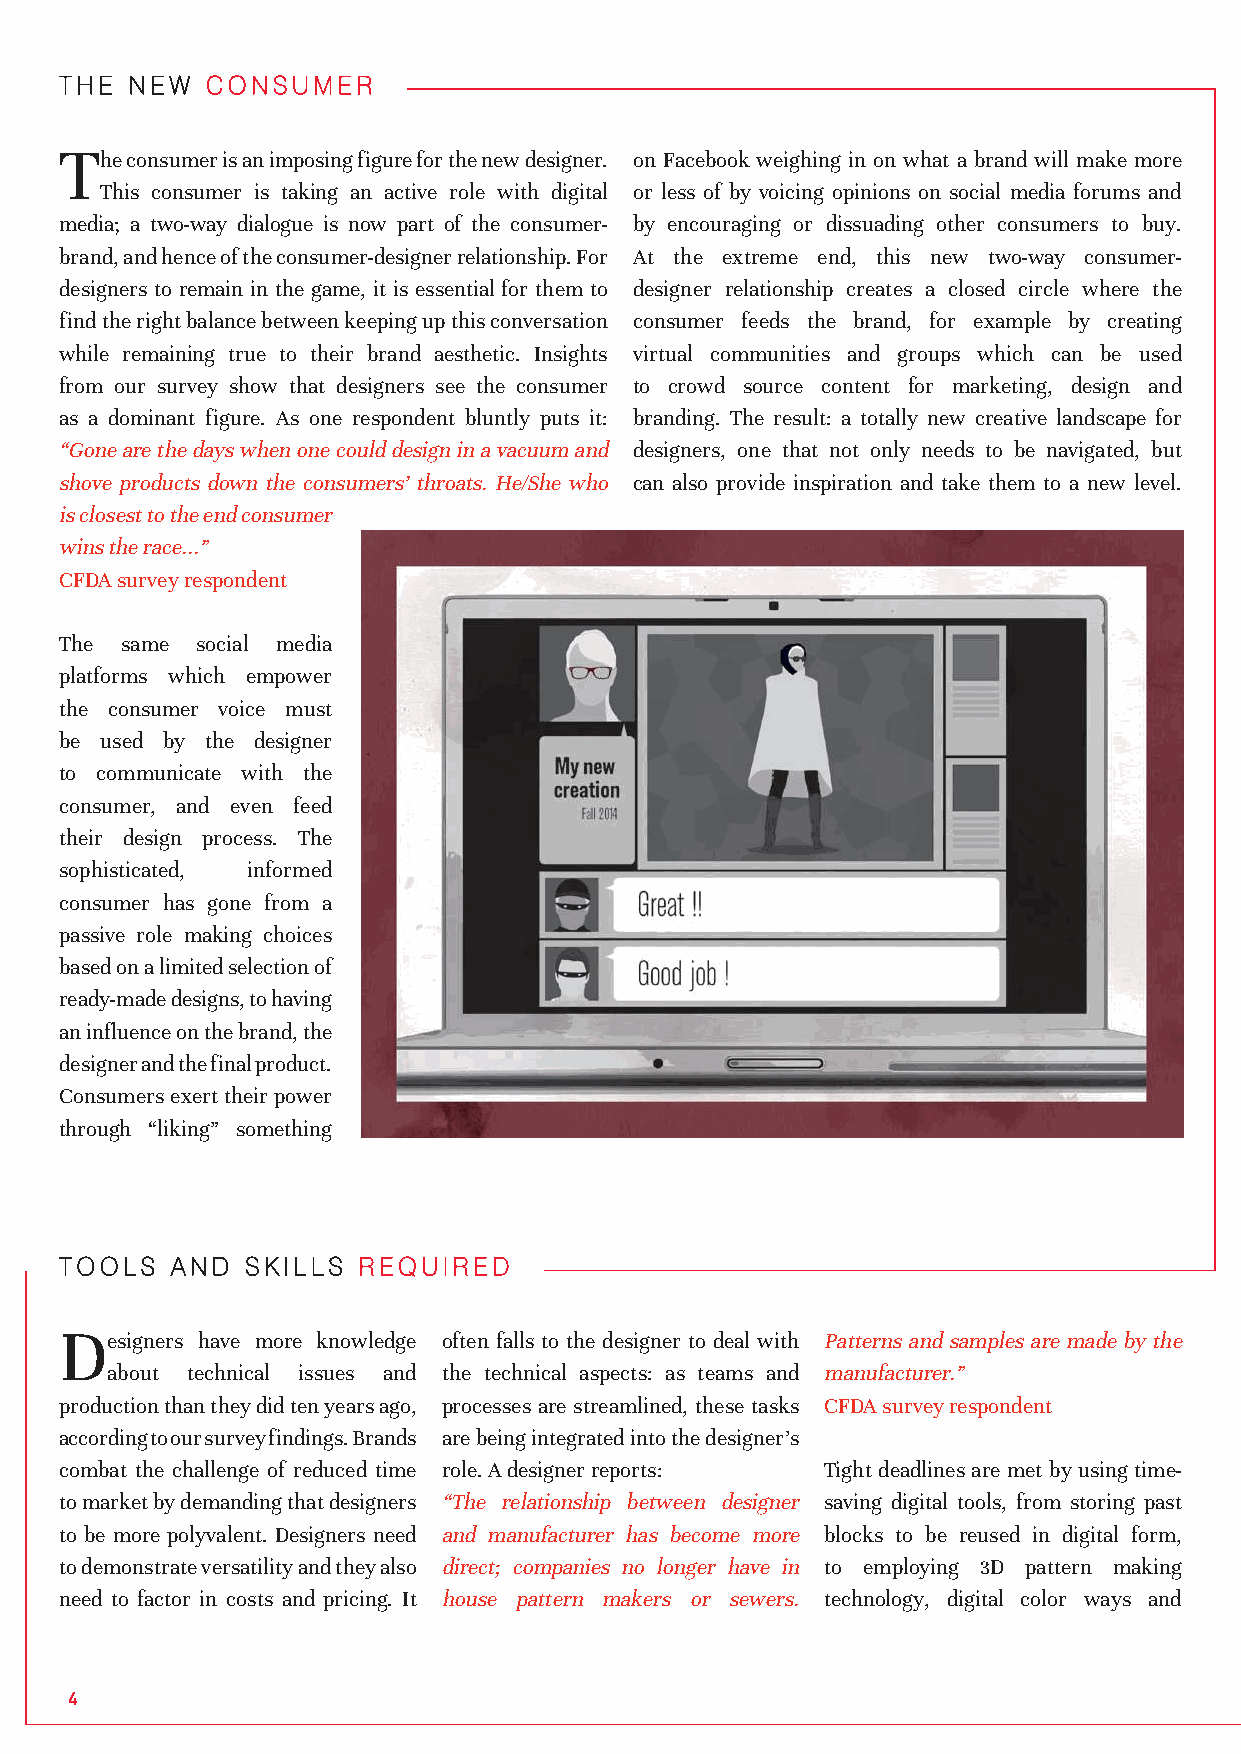
THE  NEW  CONSUMER
 T
 he consumer is an imposing figure for the new designer. on Facebook weighing in on what a brand will make more
 This consumer is taking an active role with digital or less of by voicing opinions on social media forums and
 media; a two-way dialogue is now part of the consumer- by encouraging or dissuading other consumers to buy.
 brand, and hence of the consumer-designer relationship. For At the extreme end, this new two-way consumer-
 designers to remain in the game, it is essential for them to designer relationship creates a closed circle where the
 find the right balance between keeping up this conversation consumer feeds the brand, for example by creating
 while remaining true to their brand aesthetic. Insights virtual communities and groups which can be used
 from our survey show that designers see the consumer to crowd source content for marketing, design and
 as a dominant figure. As one respondent bluntly puts it: branding. The result: a totally new creative landscape for
 “Gone are the days when one could design in a vacuum and designers, one that not only needs to be navigated, but
 shove products down the consumers’ throats. He/She who can also provide inspiration and take them to a new level.
 is closest to the end consumer
 wins the race...”
 CFDA survey respondent
 The same social media
 platforms which empower
 the consumer voice must
 be used by the designer
 to communicate with the
 consumer, and even feed
 their design process. The
 sophisticated, informed
 consumer has gone from a
 passive role making choices
 based on a limited selection of
 ready-made designs, to having
 an influence on the brand, the
 designer and the final product.
 Consumers exert their power
 through “liking” something
 TOOLS  AND  SKILLS  REQUIRED
 D
 esigners have more knowledge often falls to the designer to deal with Patterns and samples are made by the
 about technical issues and the technical aspects: as teams and manufacturer.”
 production than they did ten years ago, processes are streamlined, these tasks CFDA survey respondent
 according to our survey findings. Brands are being integrated into the designer’s
 combat the challenge of reduced time role. A designer reports: Tight deadlines are met by using time-
 to market by demanding that designers “The relationship between designer saving digital tools, from storing past
 to be more polyvalent. Designers need and manufacturer has become more blocks to be reused in digital form,
 to demonstrate versatility and they also direct; companies no longer have in to employing 3D pattern making
 need to factor in costs and pricing. It house pattern makers or sewers. technology, digital color ways and
 4